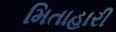
મિતાહારી